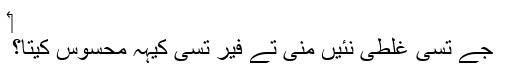
‏
جے تُسی غلطی نئیں منی تے فیر تُسی کیہہ محسوس کیتا؟